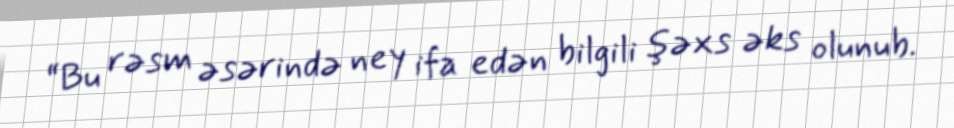
“Bu rəsm əsərində ney ifa edən bilgili şəxs əks olunub.